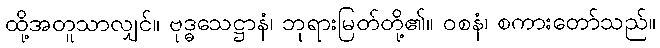
ထို့အတူသာလျှင်။ ဗုဒ္ဓသေဋ္ဌာနံ၊ ဘုရားမြတ်တို့၏။ ဝစနံ၊ စကားတော်သည်။